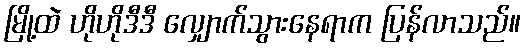
မြို့ထဲ ဟိုဟိုဒီဒီ လျှောက်သွားနေရာက ပြန်လာသည်။